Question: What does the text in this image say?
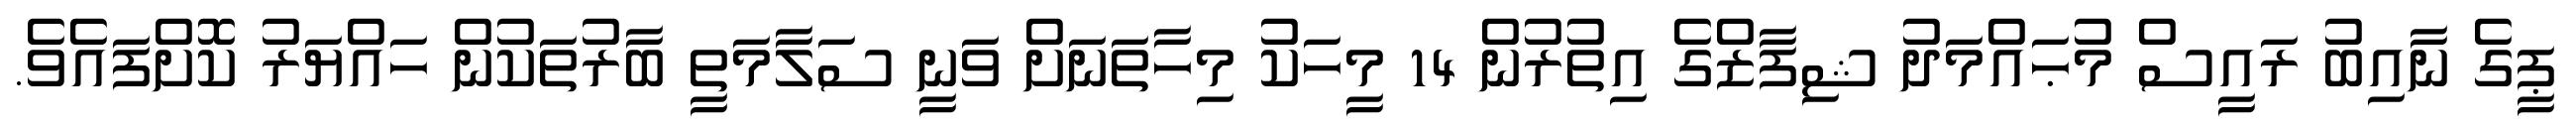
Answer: ޕީގެ ނާއިބު ރައީސް މުޙައްމަދު ޝިފާޒްގެ އިތުރުން 14 މީހަކު މިހާތަނަށް ވަނީ ސަލާމަތީ ބާރުތަކުން ހައްޔަރު ކޮށްފައެވެ.